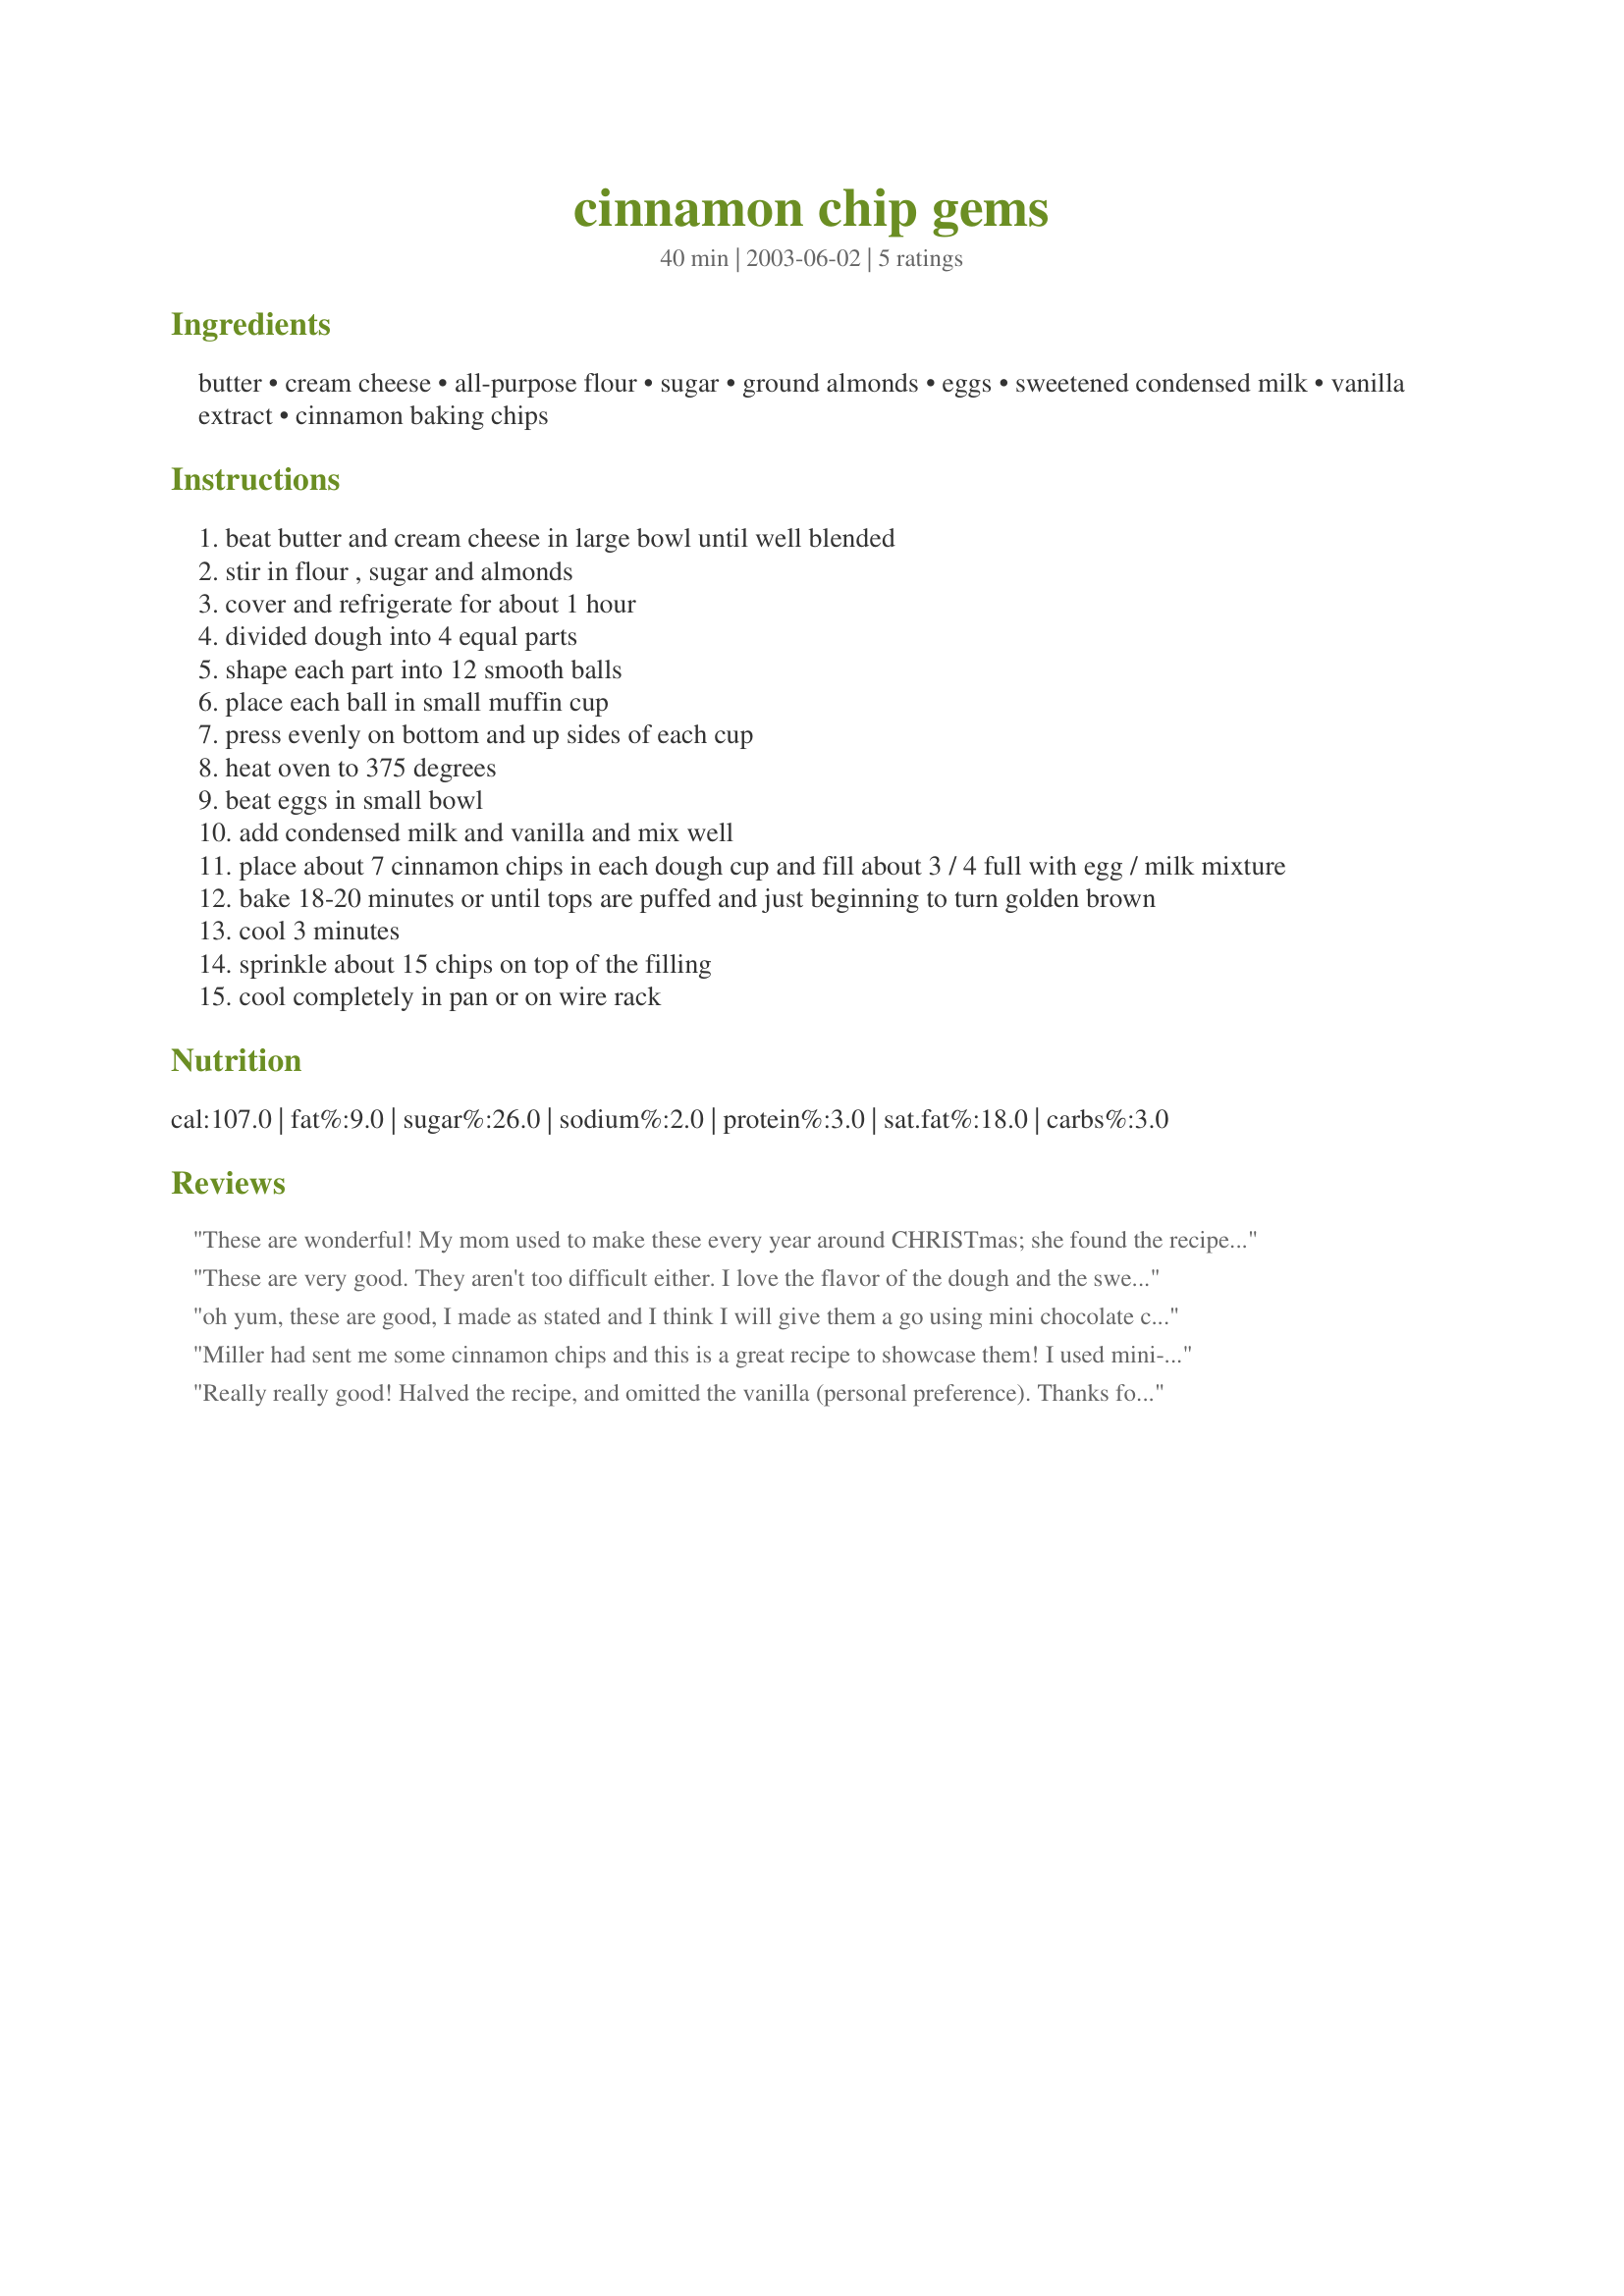
cinnamon chip gems
Preparation time: 40 minutes

Ingredients:
butter, cream cheese, all-purpose flour, sugar, ground almonds, eggs, sweetened condensed milk, vanilla extract, cinnamon baking chips

Steps:
beat butter and cream cheese in large bowl until well blended
stir in flour , sugar and almonds
cover and refrigerate for about 1 hour
divided dough into 4 equal parts
shape each part into 12 smooth balls
place each ball in small muffin cup
press evenly on bottom and up sides of each cup
heat oven to 375 degrees
beat eggs in small bowl
add condensed milk and vanilla and mix well
place about 7 cinnamon chips in each dough cup and fill about 3 / 4 full with egg / milk mixture
bake 18-20 minutes or until tops are puffed and just beginning to turn golden brown
cool 3 minutes
sprinkle about 15 chips on top of the filling
cool completely in pan or on wire rack

Reviews:
These are wonderful! My mom used to make these every year around CHRISTmas; she found the recipe from a Hershey baking book, and they were my favorites! They do take some work, but it's definitely worth the time and effort. :) I made up the dough, let it chill, and then divided it up the night before I wanted to make them. If I had made everything all at once, I would have been too overwhelmed, so spreading the work out over two days really helped. Also, I used recipe #14062 and it worked wonderfully.
These are very good. They aren't too difficult either. I love the flavor of the dough and the sweet filling is very nice. I like that you put the number of chips and not a measurement. It's a bit of a pain to measure out some things, such as baking chips. I will be making these again later this month for a ladies bible study. Made and Reviewed for 123 Hit Wonders - Thanks! :)
oh yum, these are good, I made as stated and I think I will give them a go using mini chocolate chips in place of the cinnamon, I chilled the cream cheese dough much longer as stated I think it needed more time to firm up, I am going to save this recipe for my xmas cookie tray, they are very good, thanks for sharing Kim!
Miller had sent me some cinnamon chips and this is a great recipe to showcase them! I used mini-muffin trays and these were so cute, and so delicious!
Really really good! Halved the recipe, and omitted the vanilla (personal preference). Thanks for sharing!
